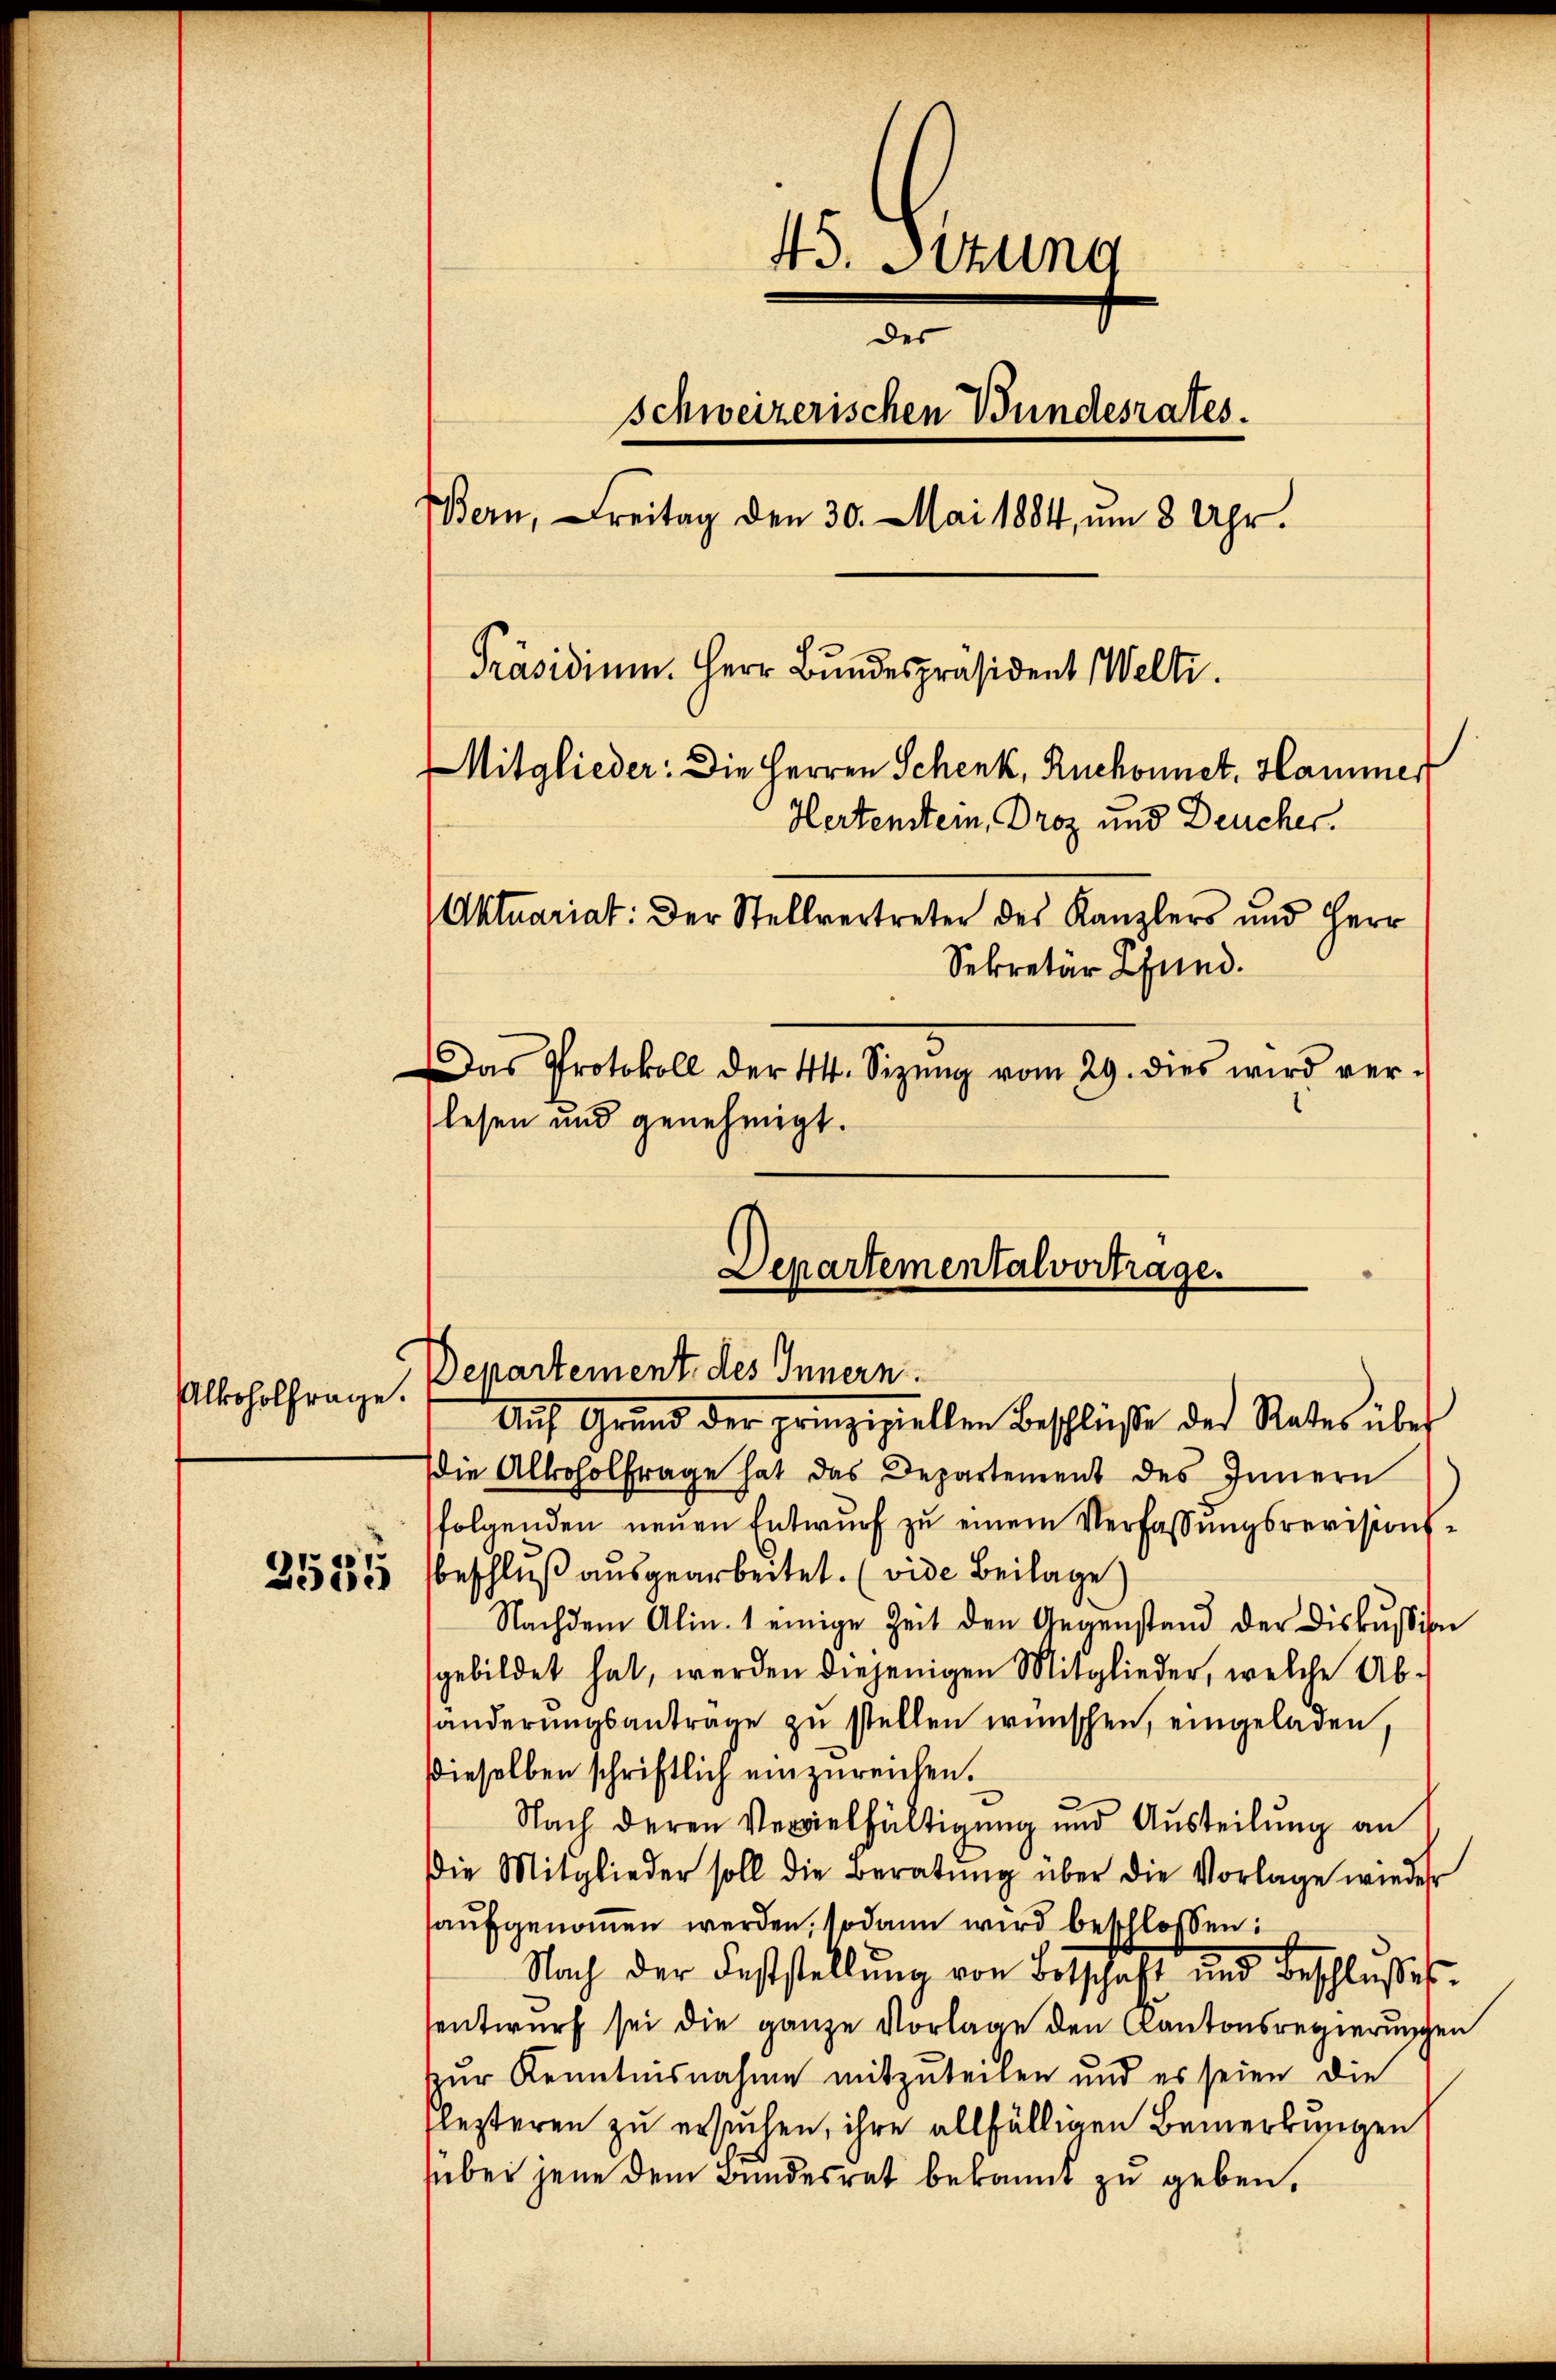
Alkoholfrage.

2535

45. Situng
des
schweizerischen Bundesrates.
Bern, reitag den 30. Mai 1884, um 8 Uhr.
Präsidium. Herr Bundespräsident Welti.
Mitglieder: Die Herren Schenk, Ruchonnet. Hammer
Hertenstein, Droz und Deucher.
(Aktuariat: Der Stellvertreter des Kanzlers und Herr
Sekretär Pfund.
Das Protokoll der 44. Sizŭng vom 29. dies wird ver-
lesen und genehmigt.

Auf Grund der prinzipiellen Beschlüsse der Rates über
die Alkoholfrage hat das Departement des Innern
folgenden neŭen Entwŭrf zŭ einem Verfassŭngsrevisionsbeschlŭβ aŭsgearbeitet. (vide Beilage)
Nachdem Alin. 1 einige Zeit den Gegenstand der Diskussion
gebildet hat, werden diejenigen Mitglieder, welche Abhänderŭngsantrage zu stellen wünschen, eingeladen,
dieselben schriftlich einzureichen.
Nach deren Vervielfältigung und Austeilung an
die Mitglieder soll die Beratŭng über die Vorlage wieder
aufgenommen werden, sodann wird beschlossen:
Nach der Feststellŭng von Botschaft und Beschlußes
entwurf sei die ganze Vorlage den Kantonsregierungen
zur Kenntnisnahme mitzuteilen und es seien die
lezteren zu ersuchen, ihre allfälligen Bemerkungen
über jene dem Bundesrat bekannt zu geben.

Departement des Innern.

Departementalvortrage.